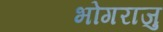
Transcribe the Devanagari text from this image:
भोगराजु